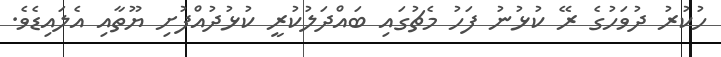
ހުކުރު ދުވަހުގެ ރޭ ކުޅުނު ފަހު މެޗުގައި ބައްދަލުކުރީ ކުޅުދުއްފުށި ޔޫތާއި އެލައިޑެވެ.